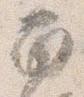
南